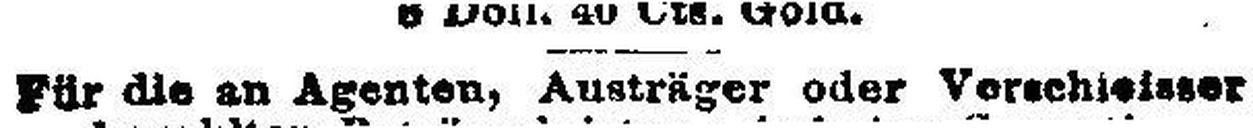
Für die Agenten, Austräger oder Verschleisser